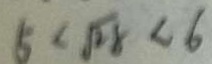
5 < \sqrt { 2 8 } < 6